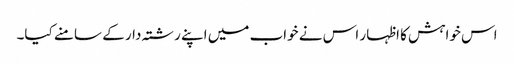
اس خواہش کا اظہار اس نے خواب میں اپنے رشتہ دار کے سامنے کیا۔